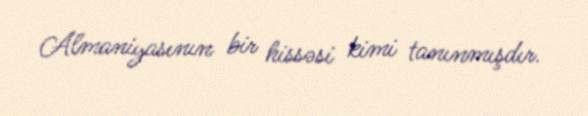
Almaniyasının bir hissəsi kimi tanınmışdır.